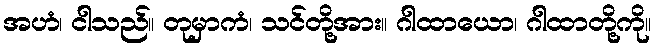
အဟံ၊ ငါသည်။ တုမှာကံ၊ သင်တို့အား။ ဂါထာယော၊ ဂါထာတို့ကို။